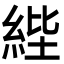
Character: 𦀘